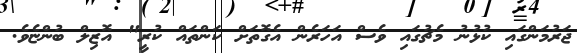
ޖަރުމަންގައި ކުޅުނު މެޗުގައި ވެސް އަހަރެން އެގޮތަށް ކަންތައް ކުރީ" އޮޒިލް ބުންޏެވެ.